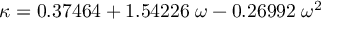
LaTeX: { \mathrm { N } } ( 0 , 1 )